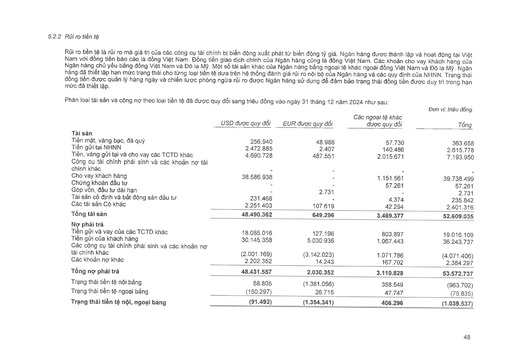
||USD được quy đổi|EUR được quy đổi|Các ngoại tệ khác được quy đổi|Tổng (triệu đồng)| |---|---|---|---|---| |Tài sản||||| |Tiền mặt, vàng bạc, đá quý|256.940|48.988|57.730|363.658| |Tiền gửi tại NHNN|2.472.885|2.407|140.486|2.615.778| |Tiền, vàng gửi tại và cho vay các TCTD khác|4.690.728|487.551|2.015.671|7.193.950| |Công cụ tài chính phái sinh và các khoản nợ tài chính khác|-|-||-| |Cho vay khách hàng|38.586.938|-|1.151.561|39.738.499| |Chứng khoán đầu tư|-|-|57.261|57.261| |Góp vốn, đầu tư dài hạn|-|2.731|-|2.731| |Tài sản cố định và bất động sản đầu tư|231.468|-|4.374|235.842| |Các tài sản có khác|2.251.403|107.619|42.294|2.401.316| |Tổng tài sản|48.490.362|649.296|3.469.377|52.609.035| |Nợ phải trả||||| |Tiền gửi và vay của các TCTD khác|18.085.016|127.196|803.897|19.016.109| |Tiền gửi của khách hàng|30.145.358|5.030.936|1.067.443|36.243.737| |Các công cụ tài chính phái sinh và các khoản nợ tài chính khác|(2.001.169)|(3.142.023)|1.071.786|(4.071.406)| |Các khoản nợ khác|2.202.352|14.243|167.702|2.384.297| |Tổng nợ phải trả|48.431.557|2.030.352|3.110.828|53.572.737| |Trạng thái tiền tệ nội bảng|58.805|(1.381.056)|358.549|(963.702)| |Trạng thái tiền tệ ngoại bảng|(150.297)|26.715|47.747|(75.835)| |Trạng thái tiền tệ nội, ngoại bảng|(91.492)|(1.354.341)|406.296|(1.039.537)|